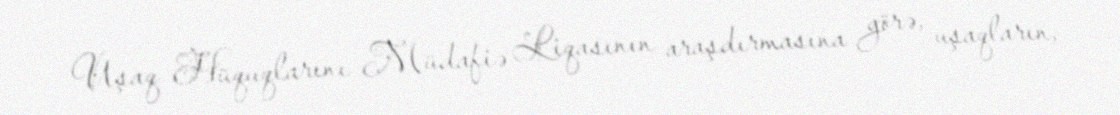
Uşaq Hüquqlarını Müdafiə Liqasının araşdırmasına görə, uşaqların,